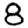
Digit: 8